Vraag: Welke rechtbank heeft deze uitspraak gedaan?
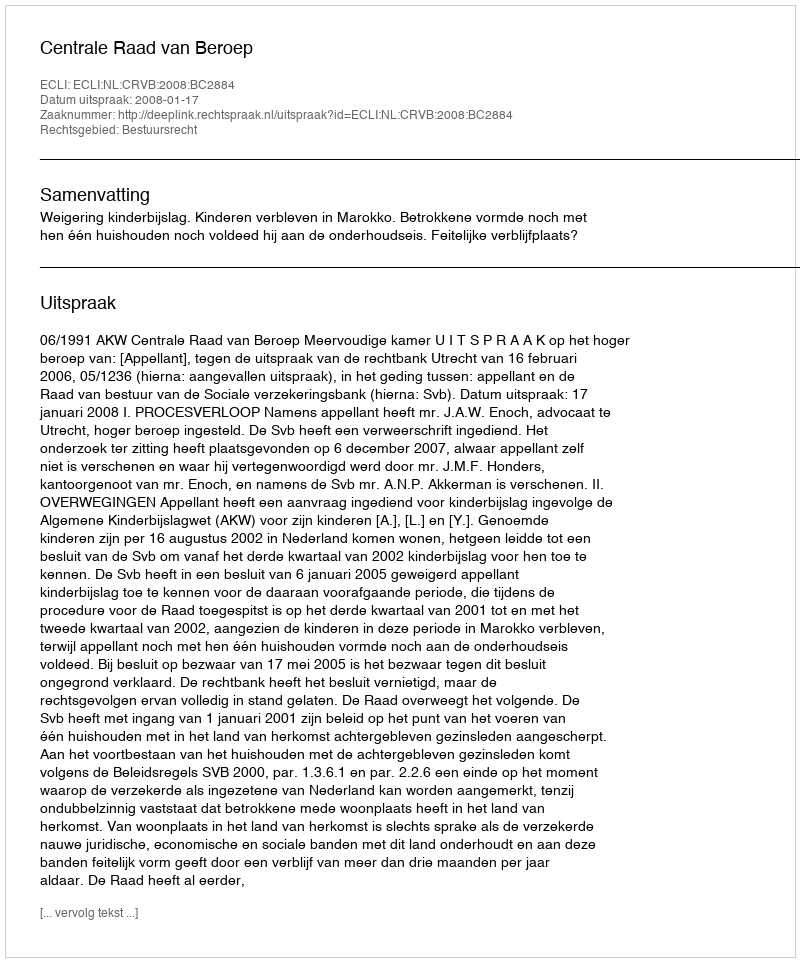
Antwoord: Centrale Raad van Beroep